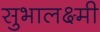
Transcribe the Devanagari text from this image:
सुभालक्ष्मी